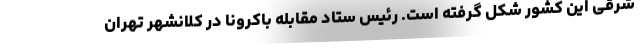
شرقی این کشور شکل گرفته است. رئیس ستاد مقابله باکرونا در کلانشهر تهران